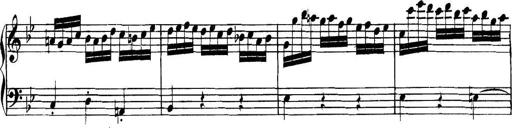
Title: Collected Piano Sonatas
Composer: Muzio Clementi